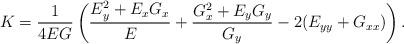
LaTeX: \begin{align*}K=\frac{1}{4EG}\left(\frac{E_y^2+E_xG_x}{E}+\frac{G_x^2+E_yG_y}{G_y}-2(E_{yy}+G_{xx})\right).\end{align*}